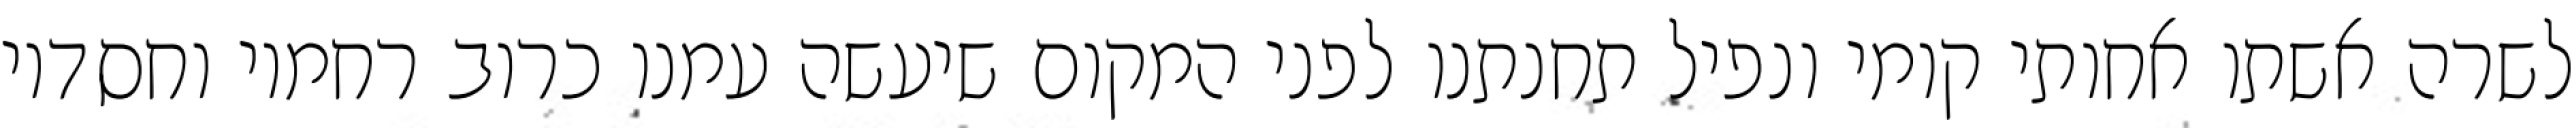
לשרה אשתו אחותי קומי ונפיל תחנתנו לפני המקום שיעשה עמנו כרוב רחמיו וחסדיו